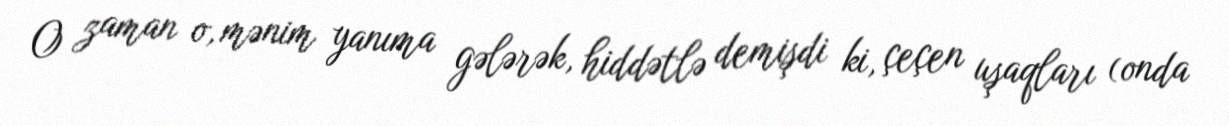
O zaman o, mənim yanıma gələrək, hiddətlə demişdi ki, çeçen uşaqları (onda